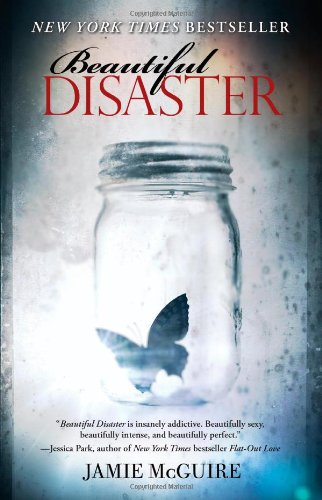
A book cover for Beautiful Disaster: A Novel (Beautiful Disaster Series); Jamie McGuire; Romance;